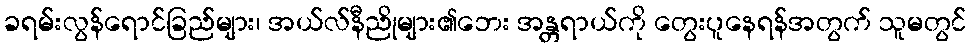
ခရမ်းလွန်ရောင်ခြည်များ၊ အယ်လ်နီညိုများ၏ဘေး အန္တရာယ်ကို တွေးပူနေရန်အတွက် သူမတွင်